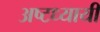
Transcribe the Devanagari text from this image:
अष्टध्यायी